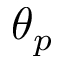
\theta _ { p }